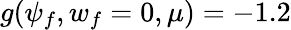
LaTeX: g(\psi_{f},w_{f}=0,\mu)=-1.2